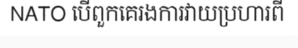
NATO បើពួកគេរងការវាយប្រហារពី